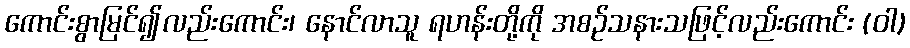
ကောင်းစွာမြင်၍လည်းကောင်း၊ နောင်လာသူ ရဟန်းတို့ကို အစဉ်သနားသဖြင့်လည်းကောင်း (ဝါ)